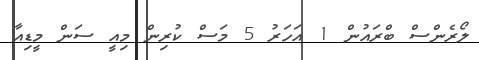
ލޯރެންސް ބްރައުން 1 އަހަރު 5 މަސް ކުރިން މިއީ ސަން މީޑިއާ